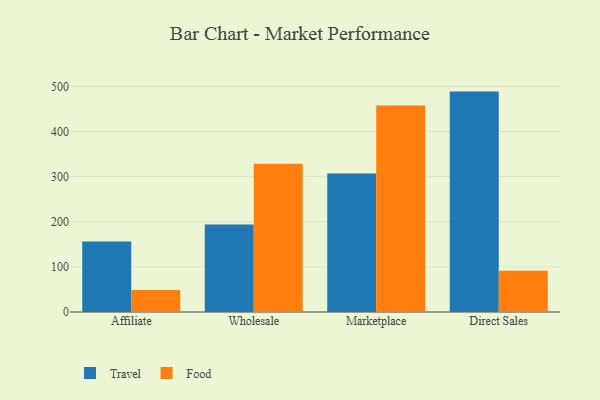
{"axis": {"x": "Channel", "y": "Revenue (USD Million)"}, "legend": ["Food", "Travel"], "data": [{"x": "Affiliate", "y": 156.3, "type": "Travel"}, {"x": "Affiliate", "y": 48.7, "type": "Food"}, {"x": "Wholesale", "y": 194.0, "type": "Travel"}, {"x": "Wholesale", "y": 328.2, "type": "Food"}, {"x": "Marketplace", "y": 306.6, "type": "Travel"}, {"x": "Marketplace", "y": 457.4, "type": "Food"}, {"x": "Direct Sales", "y": 488.3, "type": "Travel"}, {"x": "Direct Sales", "y": 91.5, "type": "Food"}]}